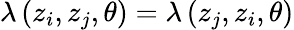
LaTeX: \lambda\left(z_{i},z_{j},\theta\right)=\lambda\left(z_{j},z_{i},\theta\right)